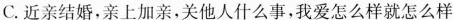
C.近亲结婚，亲上加亲，关他人什么事，我爱怎么样就怎么样